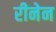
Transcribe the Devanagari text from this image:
रीनेन